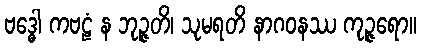
ဗဒ္ဓေါ ကဗဠံ န ဘုဉ္ဇတိ၊ သုမရတိ နာဂဝနဿ ကုဉ္ဇရော။